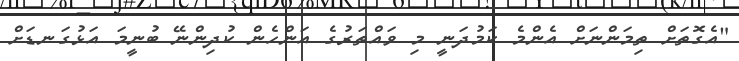
"އެގޮތަށް ތިމަންނަށް އެންމެ ކަމުދަނީ މި ވައްތަރުގެ އަންހެން ކުދިންނޭ ބުނީމަ އަޅުގަނޑަށް